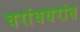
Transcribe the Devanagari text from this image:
घरांघघरांत